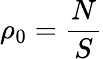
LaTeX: \rho_{0}=\frac{N}{S}